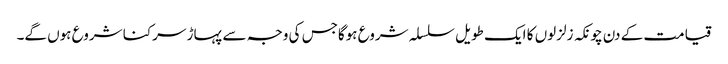
قیامت کے دن چونکہ زلزلوں کا ایک طویل سلسلہ شروع ہوگاجس کی وجہ سے پہاڑ سرکنا شروع ہوں گے۔